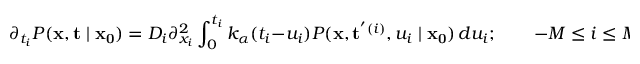
\partial _ { t _ { i } } P ( \mathbf { x } , \mathbf { t } \mid \mathbf { x _ { 0 } } ) = D _ { i } \partial _ { x _ { i } } ^ { 2 } \int _ { 0 } ^ { t _ { i } } k _ { \alpha } ( t _ { i } - u _ { i } ) P ( \mathbf { x } , \mathbf { t } ^ { ' ( i ) } , u _ { i } \mid \mathbf { x _ { 0 } } ) \, d u _ { i } ; \qquad - M \leq i \leq M .